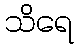
သိရေ